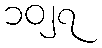
၁၀၂၇